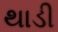
થાડી